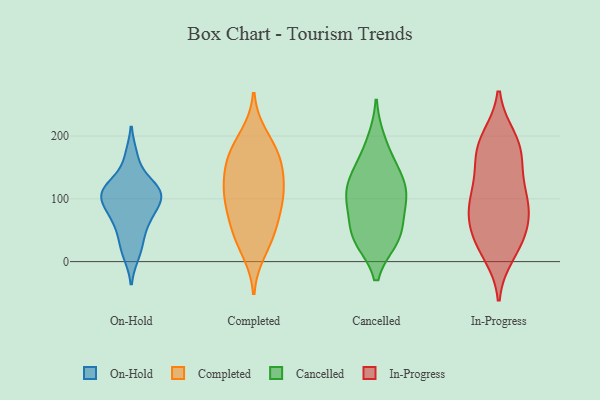
{"axis": {"x": "Population (Million)", "y": "Value"}, "legend": ["Cancelled", "Completed", "In-Progress", "On-Hold"], "data": [{"x": "", "y": 102, "type": "On-Hold"}, {"x": "", "y": 119, "type": "On-Hold"}, {"x": "", "y": 12, "type": "On-Hold"}, {"x": "", "y": 83, "type": "On-Hold"}, {"x": "", "y": 111, "type": "On-Hold"}, {"x": "", "y": 115, "type": "On-Hold"}, {"x": "", "y": 77, "type": "On-Hold"}, {"x": "", "y": 112, "type": "On-Hold"}, {"x": "", "y": 34, "type": "On-Hold"}, {"x": "", "y": 167, "type": "On-Hold"}, {"x": "", "y": 61, "type": "On-Hold"}, {"x": "", "y": 200, "type": "Completed"}, {"x": "", "y": 104, "type": "Completed"}, {"x": "", "y": 97, "type": "Completed"}, {"x": "", "y": 123, "type": "Completed"}, {"x": "", "y": 182, "type": "Completed"}, {"x": "", "y": 17, "type": "Completed"}, {"x": "", "y": 167, "type": "Completed"}, {"x": "", "y": 87, "type": "Completed"}, {"x": "", "y": 59, "type": "Completed"}, {"x": "", "y": 144, "type": "Completed"}, {"x": "", "y": 104, "type": "Completed"}, {"x": "", "y": 40, "type": "Completed"}, {"x": "", "y": 45, "type": "Completed"}, {"x": "", "y": 144, "type": "Completed"}, {"x": "", "y": 167, "type": "Completed"}, {"x": "", "y": 37, "type": "Cancelled"}, {"x": "", "y": 139, "type": "Cancelled"}, {"x": "", "y": 43, "type": "Cancelled"}, {"x": "", "y": 36, "type": "Cancelled"}, {"x": "", "y": 92, "type": "Cancelled"}, {"x": "", "y": 192, "type": "Cancelled"}, {"x": "", "y": 126, "type": "Cancelled"}, {"x": "", "y": 157, "type": "Cancelled"}, {"x": "", "y": 43, "type": "Cancelled"}, {"x": "", "y": 115, "type": "Cancelled"}, {"x": "", "y": 99, "type": "Cancelled"}, {"x": "", "y": 95, "type": "Cancelled"}, {"x": "", "y": 155, "type": "In-Progress"}, {"x": "", "y": 32, "type": "In-Progress"}, {"x": "", "y": 40, "type": "In-Progress"}, {"x": "", "y": 64, "type": "In-Progress"}, {"x": "", "y": 180, "type": "In-Progress"}, {"x": "", "y": 190, "type": "In-Progress"}, {"x": "", "y": 196, "type": "In-Progress"}, {"x": "", "y": 76, "type": "In-Progress"}, {"x": "", "y": 101, "type": "In-Progress"}, {"x": "", "y": 92, "type": "In-Progress"}, {"x": "", "y": 83, "type": "In-Progress"}, {"x": "", "y": 177, "type": "In-Progress"}, {"x": "", "y": 135, "type": "In-Progress"}, {"x": "", "y": 29, "type": "In-Progress"}, {"x": "", "y": 105, "type": "In-Progress"}, {"x": "", "y": 13, "type": "In-Progress"}]}